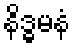
နိဒ္ဓမနံ